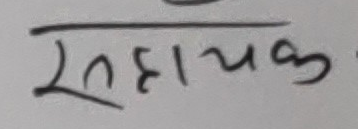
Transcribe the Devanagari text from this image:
सहायक